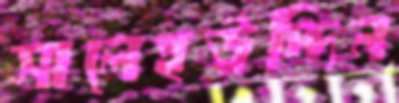
সালেহউদ্দিন